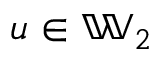
\boldsymbol { u } \in \mathbb { W } _ { 2 }